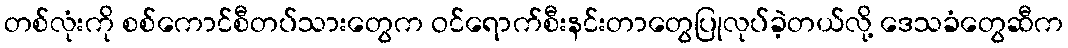
တစ်လုံးကို စစ်ကောင်စီတပ်သားတွေက ဝင်ရောက်စီးနင်းတာတွေပြုလုပ်ခဲ့တယ်လို့ ဒေသခံတွေဆီက